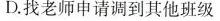
D.找老师申请调到其他班级